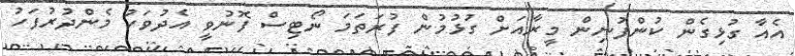
އެއާ ގުޅިގެން ކުންފުނިން މީރާއަށް ގުޅުމުން ފުރަތަމަ ނޯޓިސް ފޮނުވީ އެދުވަހު މެންދުރުފަހު